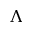
\Lambda